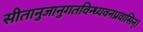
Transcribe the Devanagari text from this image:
सीतानुजानुगतविन्ध्यवनप्रवासिन्।